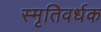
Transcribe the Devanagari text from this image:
स्मृतिवर्धक